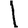
Digit: 1